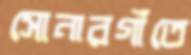
সোনারগাঁতে